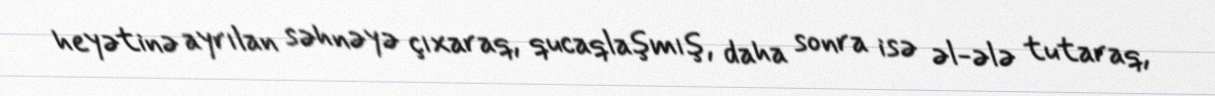
heyətinə ayrılan səhnəyə çıxaraq, qucaqlaşmış, daha sonra isə əl-ələ tutaraq,